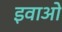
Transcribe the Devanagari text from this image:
इवाओ